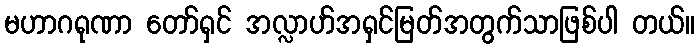
မဟာဂရုဏာ တော်ရှင် အလ္လာဟ်အရှင်မြတ်အတွက်သာဖြစ်ပါ တယ်။